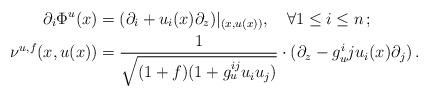
LaTeX: \begin{align*} \partial_i \Phi^u(x) & = (\partial_i + u_i(x)\partial_z)|_{(x, u(x))}, \ \ \ \forall 1\leq i\leq n\,; \\ \nu^{u,f}(x, u(x)) & = \frac{1}{\sqrt{(1+f)(1+g_u^{ij}u_iu_j)}}\cdot (\partial_z - g_u^ij u_i(x)\partial_j)\,. \end{align*}